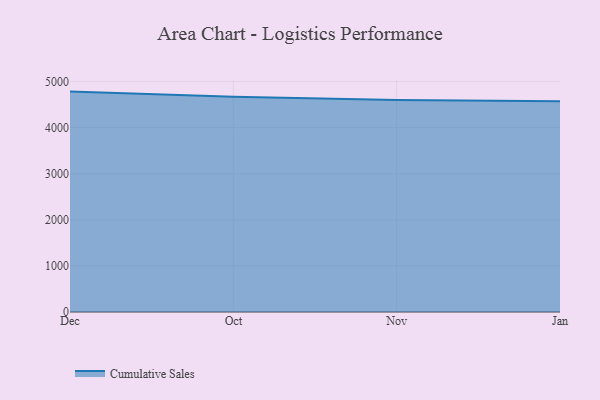
{"axis": {"x": "Month", "y": "Demand Index"}, "legend": ["Cumulative Sales"], "data": [{"x": "Dec", "y": 4782.5, "type": "Cumulative Sales"}, {"x": "Oct", "y": 4673.1, "type": "Cumulative Sales"}, {"x": "Nov", "y": 4598.0, "type": "Cumulative Sales"}, {"x": "Jan", "y": 4571.0, "type": "Cumulative Sales"}]}